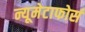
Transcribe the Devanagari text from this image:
न्यूमेटाफोर्स